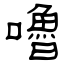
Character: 嚕